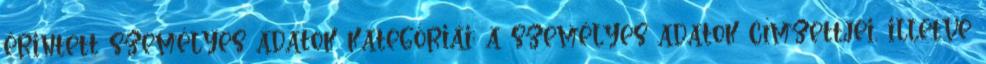
érintett személyes adatok kategóriái; a személyes adatok címzettjei, illetve